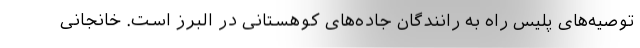
توصیه‌های پلیس راه به رانندگان جاده‌های کوهستانی در البرز است. خانجانی